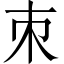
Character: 朿